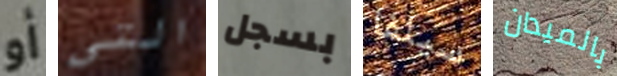
أو التي بسجل سيلفا بالميدان